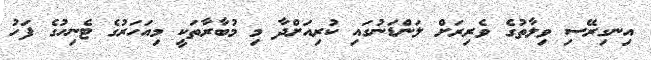
އިނގިރޭސި ވިލާތުގެ ވެރިރަށް ލަންޑަނުގައި ކުރިއަށްދާ މި މުބާރާތަކީ މިއަހަރުގެ ޓެނިހުގެ ފަހު